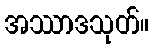
အဿာဒသုတ်။